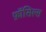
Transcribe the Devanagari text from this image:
फ़ॉसिल्स